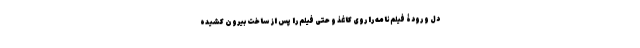
دل و رودۀ فیلم‌نامه را روی کاغذ و حتی فیلم را پس از ساخت بیرون کشیده